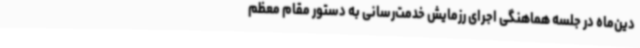
دین‌ماه در جلسه هماهنگی اجرای رزمایش خدمت‌رسانی به دستور مقام معظم